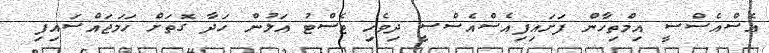
އެސްއެސްސީ އިމްތިހާން ފަށައިފިއެސްއެސްސީ ދިވެހި ޓެސްޓު އަލުން ހަދާ ގޮތަށް ހަމަޖައްސައިފި